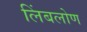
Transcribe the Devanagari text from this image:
लिंबलोण